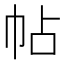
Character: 帖